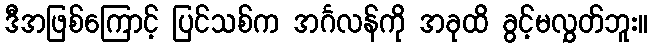
ဒီအဖြစ်ကြောင့် ပြင်သစ်က အင်္ဂလန်ကို အခုထိ ခွင့်မလွှတ်ဘူး။